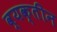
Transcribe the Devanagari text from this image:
व्यक्तीन